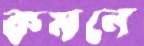
কমনে